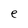
Character: e